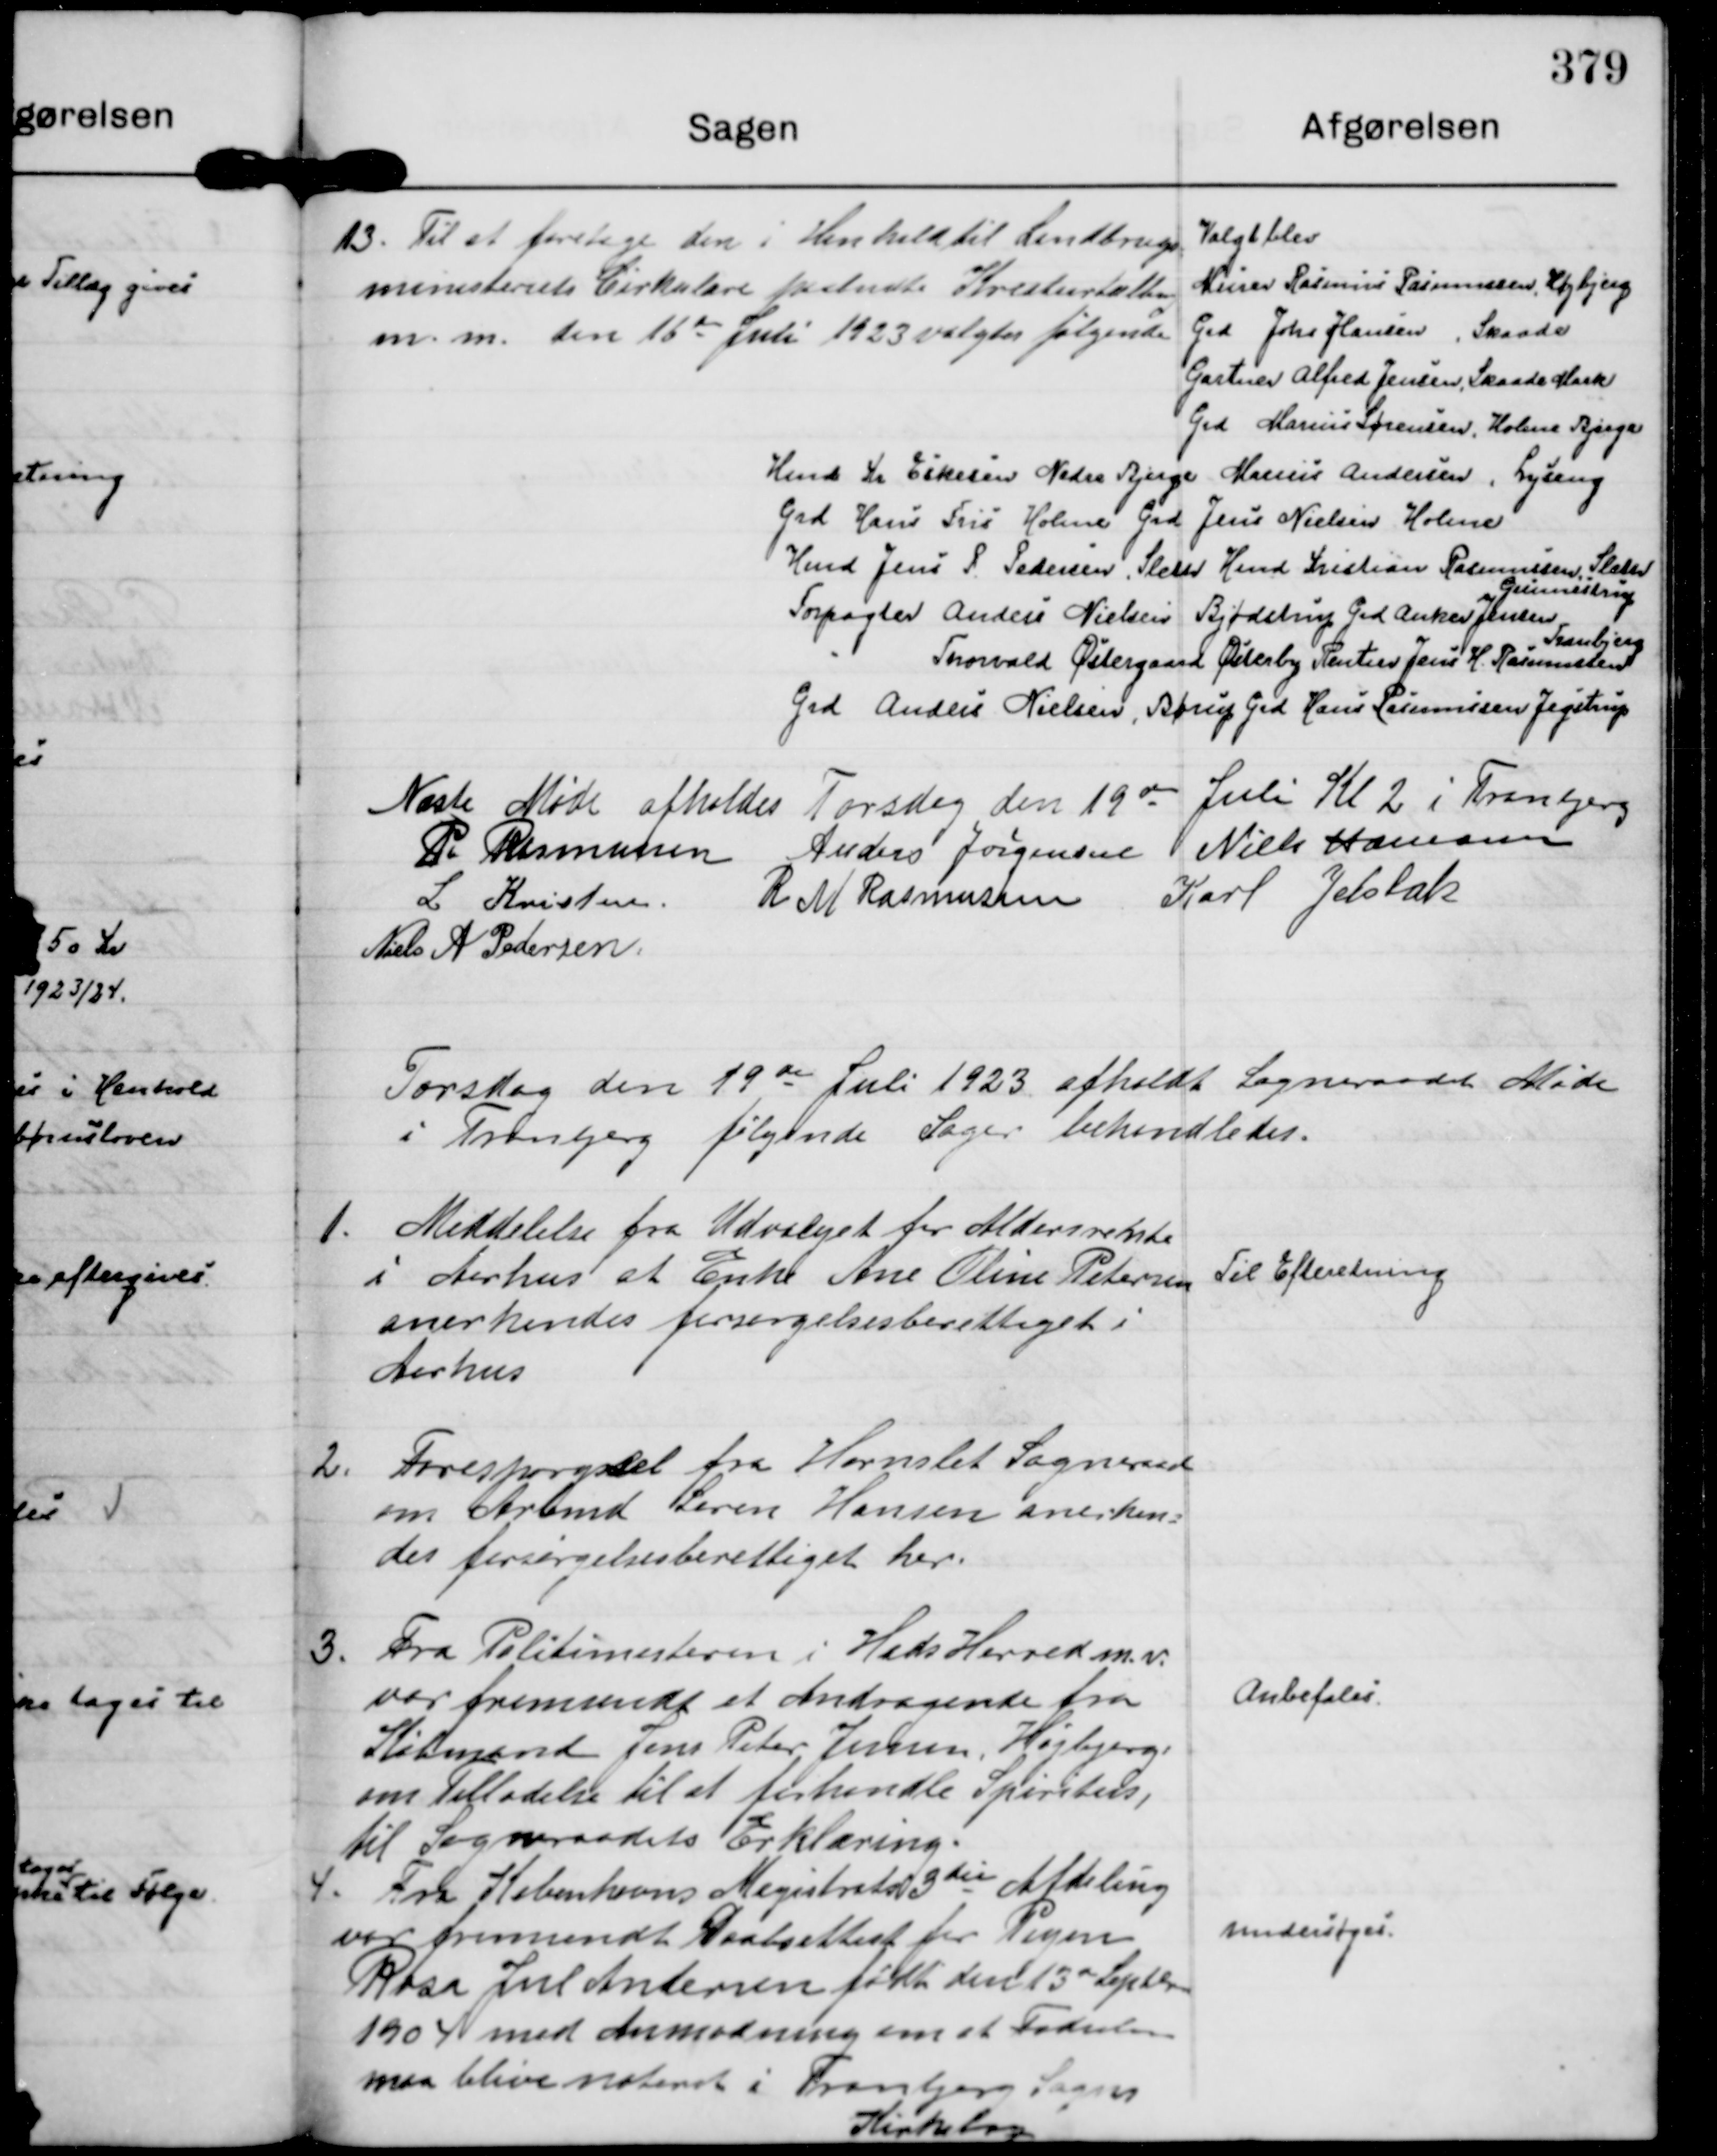
Transskription:
13.
Til at foretage den i Henhold til Landbrugs=
ministeriets Cirkulære paabudte Kreaturtælling
m. m. den 16 de Juli 1923 valgtes følgende

Valgt blev
Murer Rasmus Rasmussen, Højbjerg
Grd Johs Hansen, Skaade
Gartner Alfred Jensen, Skaade Mark
Grd Marius Sørensen, Holme Bjerge
Hmd Kr Eskesen Nordre Bjerge Marius Andersen, Lyseng
Grd Hans Fris Holme Grd Jens Nielsen Holme
Hmd Jens P. Pedersen, Sleth Hmd Kristian Rasmussen, Sleth
Forpagter Anders Nielsen Bjødstrup Grd Anker Jensen
Gunnestrup
"
Thorvald Østergaard Østerby Rentier Jens H. Rasmussen
Tranbjerg
Grd Anders Nielsen, Børup Grd Hans Rasmussen Jegstrup

Næste Møde afholdes Torsdag den 19 de Juli Kl 2 i Tranbjerg
P. Rasmussen
Anders Jørgensen
Niels Hamann
L. Kristensen.
R M Rasmussen
Karl Jelsbak
Niels A Pedersen.

Torsdag den 19 de Juli 1923 afholdt Sogneraadet Møde
i Tranbjerg følgende Sager behandledes.

1.
Meddelelse fra Udvalget for Aldersrente
i Aarhus at Enke Ane Oline Petersen
anerkendes forsørgelsesberettiget i
Aarhus

Til Efteretning

2.
Forespørgsel fra Hornslet Sogneraad 
om Arbmd Søren Hansen anerken= 
des forsørgelsesberettiget her.

3.
Fra Politimesteren i Hads Herred m. v.
var fremsendt et Andragende fra
Købmand Jens Peter Jensen, Højbjerg
om Tilladelse til at forhandle Spiritus,
til Sogneraadets Erklæring.

Anbefales

4.
Fra Københavns Magistrats 3 die Afdeling 
var fremsendt Daabsattest for Pigen
Rosa Jul Andersen født den 13 d Septbr
1904 med Anmodning om at Fødselen
maa blive noteret i Tranbjerg Sogns
Kirkebog

undersøges.